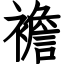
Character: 襜